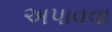
અપાવવા